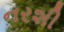
નરશી